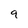
Character: 9